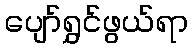
ပျော်ရွှင်ဖွယ်ရာ